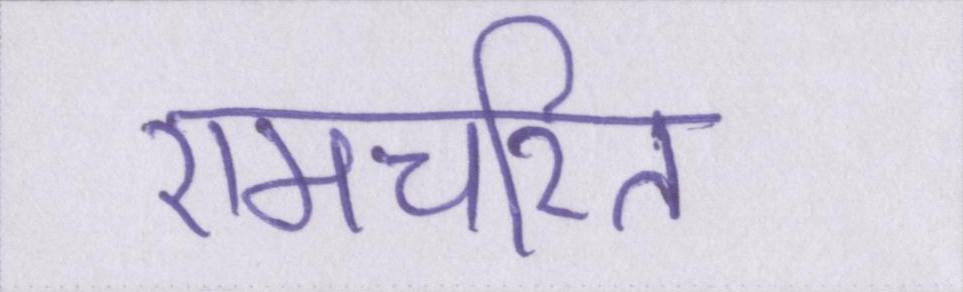
रामचरित